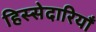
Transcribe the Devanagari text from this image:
हिस्सेदारियाँ